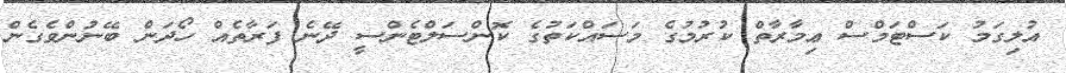
އުލިގަމު ކަސްޓަމްސް ޢިމާރާތް ކުރުމުގެ މަސައްކަތުގެ ކޮންސަލްޓެންސީ ދޭނެ ފަރާތެއް ހޯދަން ބޭނުންވެގެން